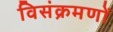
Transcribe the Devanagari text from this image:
विसंक्रमणों